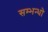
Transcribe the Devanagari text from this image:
सम्भन्धो